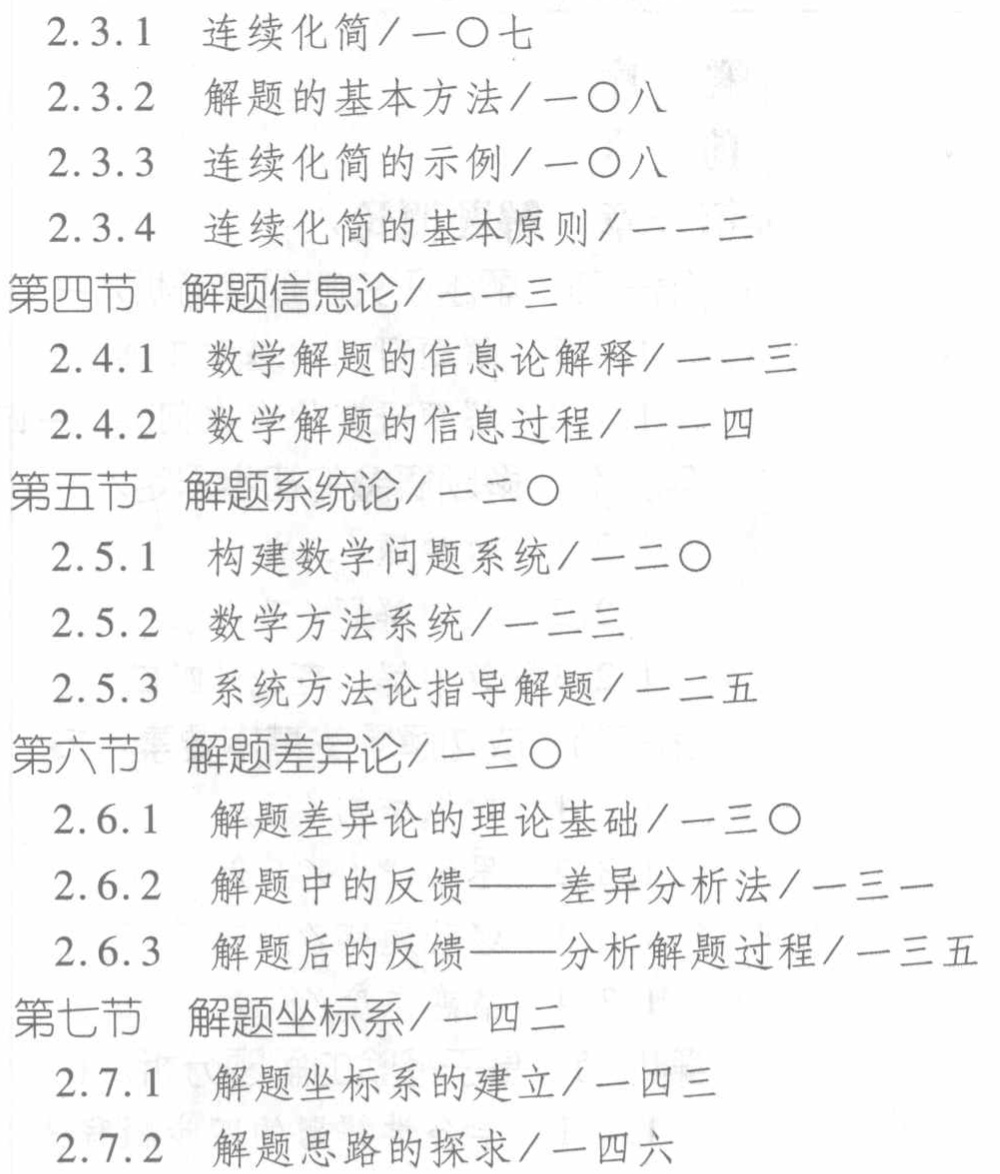
2.3.1 连续化简/一〇七
2.3.2 解题的基本方法/一〇八
2.3.3 连续化简的示例/一〇八
2.3.4 连续化简的基本原则/一一二
第四节 解题信息论/一一三
2.4.1 数学解题的信息论解释/一一三
2.4.2 数学解题的信息过程/一一四
第五节 解题系统论/一二〇
2.5.1 构建数学问题系统/一二〇
2.5.2 数学方法系统/一二三
2.5.3 系统方法论指导解题/一二五
第六节 解题差异论/一三〇
2.6.1 解题差异论的理论基础/一三〇
2.6.2 解题中的反馈——差异分析法/一三一
2.6.3 解题后的反馈——分析解题过程/一三五
第七节 解题坐标系/一四二
2.7.1 解题坐标系的建立/一四三
2.7.2 解题思路的探求/一四六